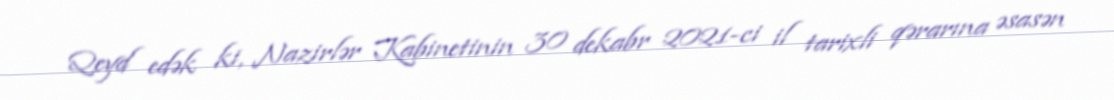
Qeyd edək ki, Nazirlər Kabinetinin 30 dekabr 2021-ci il tarixli qərarına əsasən